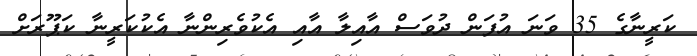
ކަރީނާގެ 35 ވަނަ އުފަން ދުވަސް އާއިލާ އާއި އެކުވެރިންނާ އެކުކަރީނާ ކަޕޫރަށް